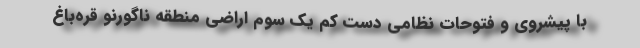
با پیشروی و فتوحات نظامی دست کم یک سوم اراضی منطقه ناگورنو قره‌باغ